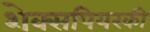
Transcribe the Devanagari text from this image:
शेक्सपियरकी